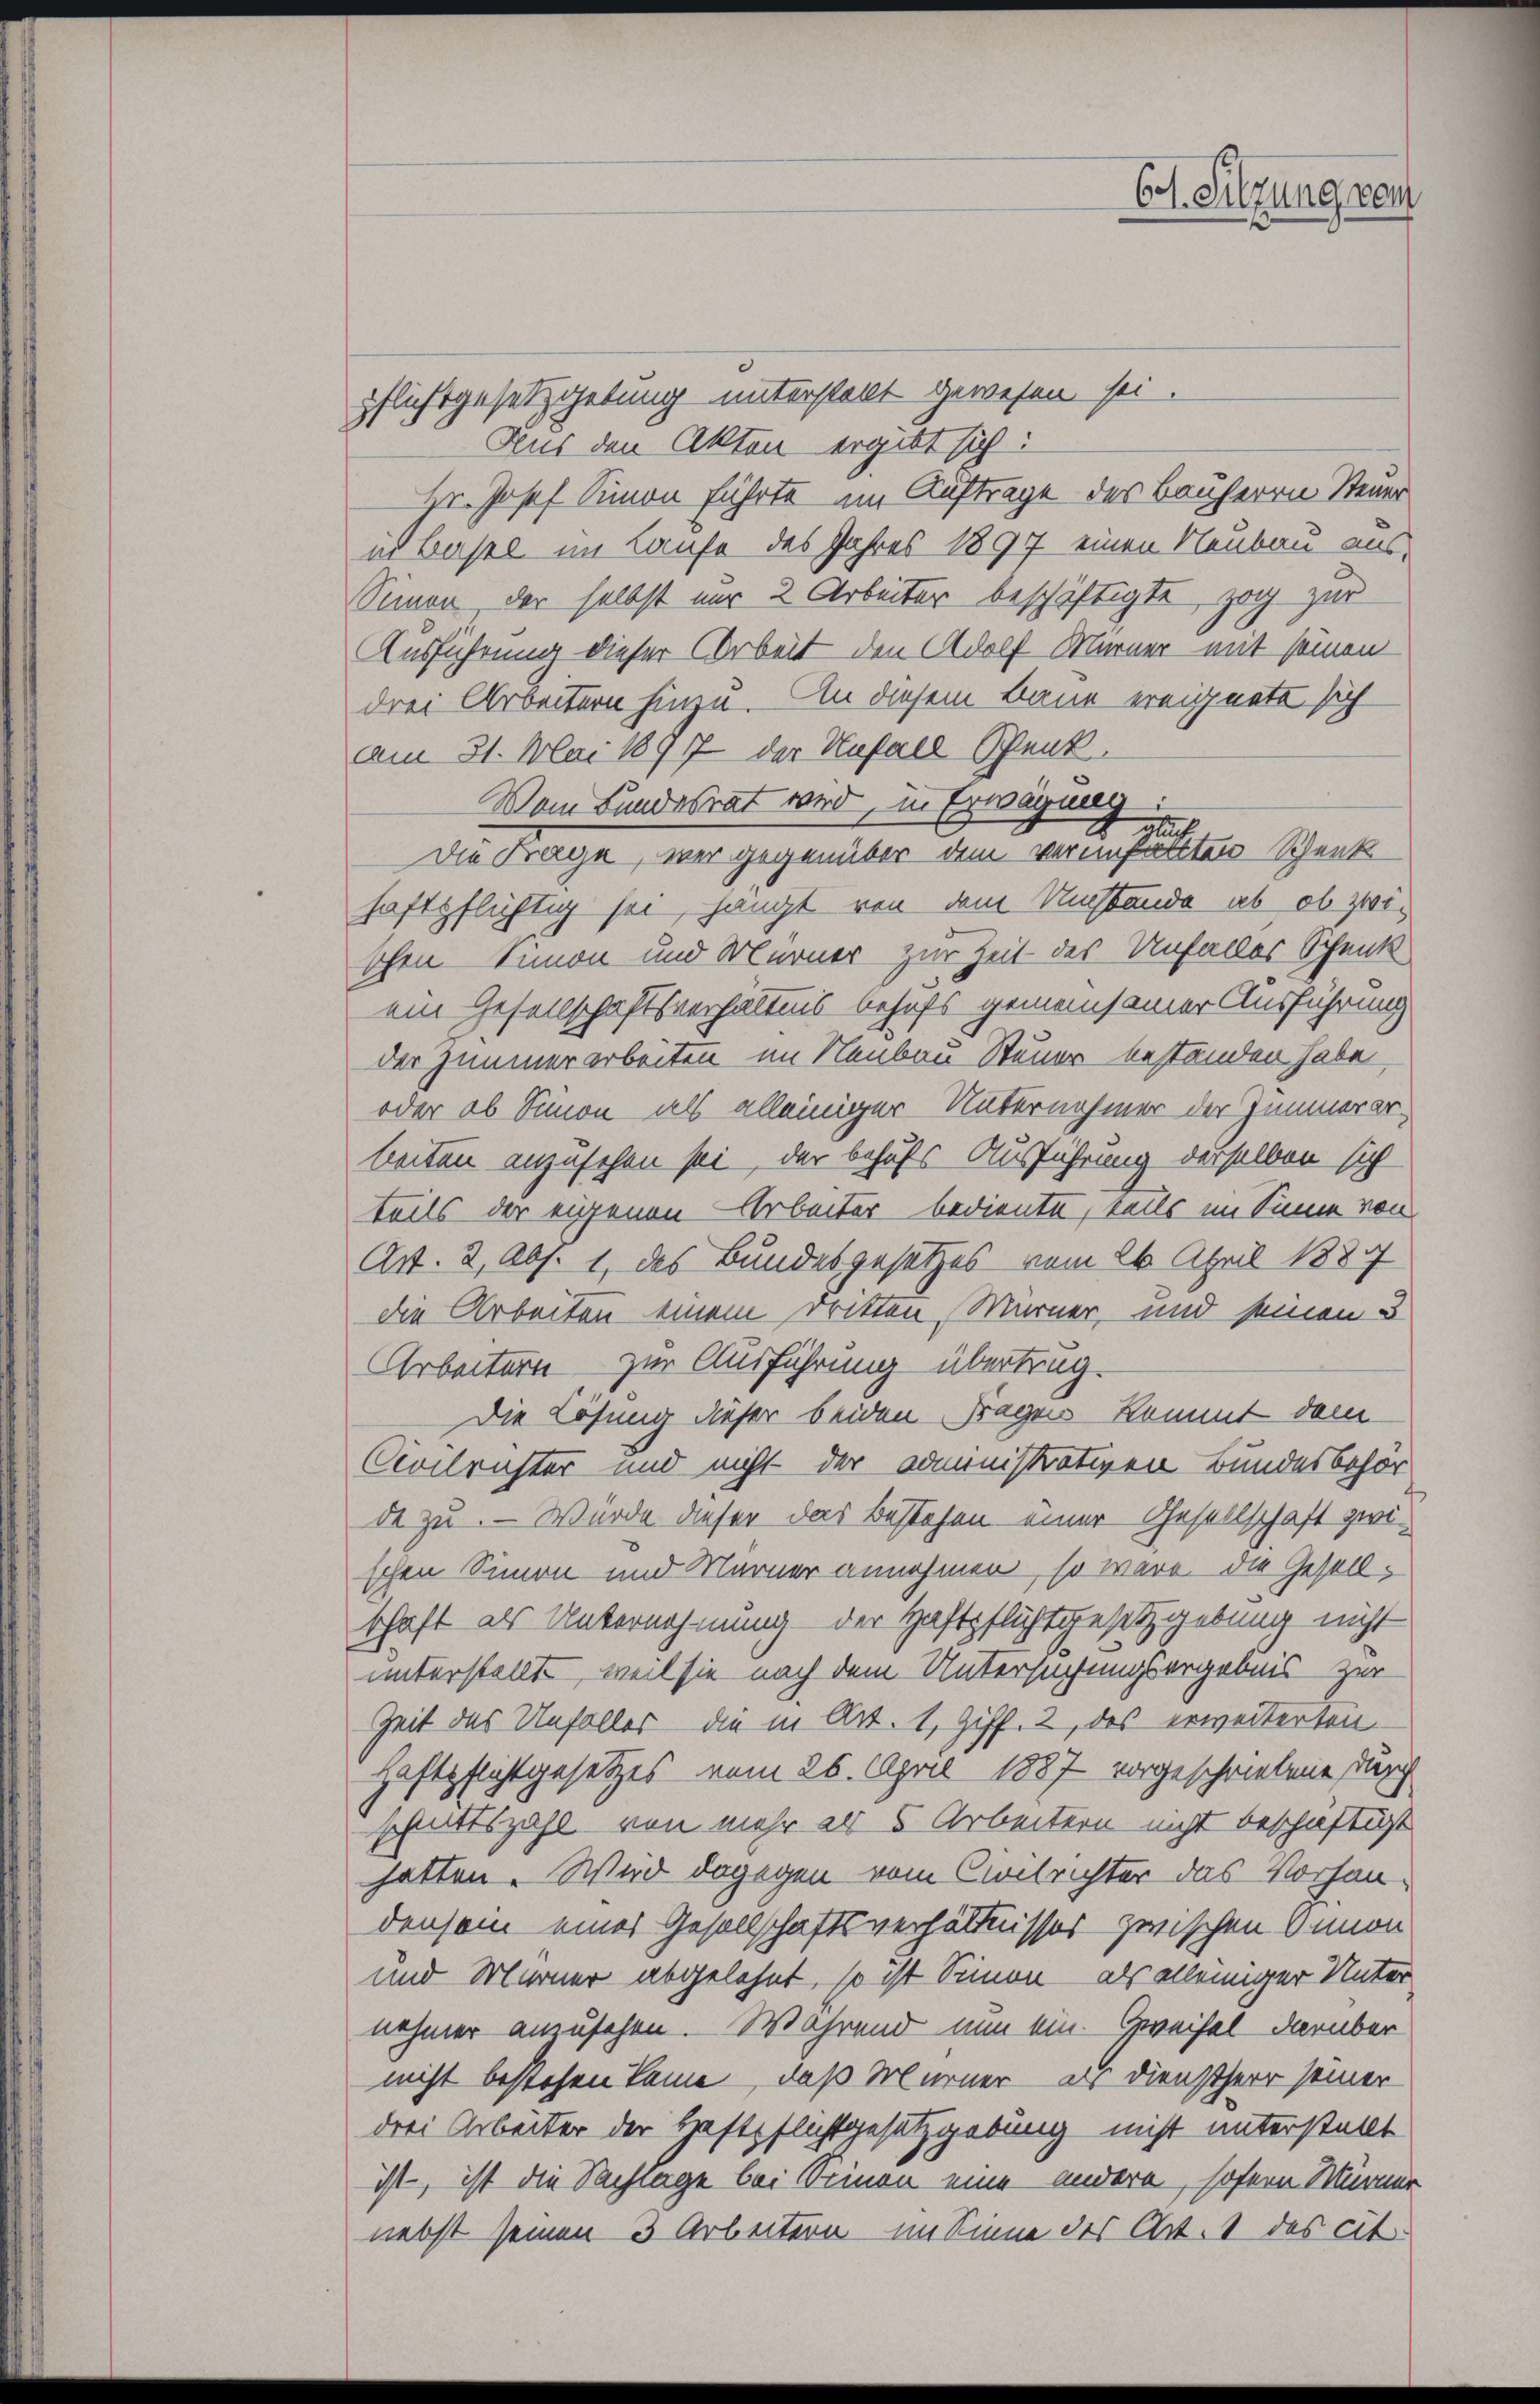
Pflichtgesetzgebung unterstellt gewesen sei.
Aus den Akten ergibt sich:
Hr. Josef Simon führte im Auftrage des Bauherrn Steuer
in Basel im Laufe des Jahres 1897 einen Neubau aus-
Simon, der selbst nur 2 Arbeiter beschäftigte, zog zur
Ausführung dieser Arbeit den Adolf Marner mit seinen
drei Arbeitern hinzu. An diesem Bann ereignete sich
am 31. Mai 1877 der Unfall Penk.
Vom Bundesrat wird, in Erwägung:
d
Die Frage, wer gegenüber dem vereinfartten Schenk
haftpflichtig sei, hängt von dem Umstände ab, ob zwischen Simon und Mürner zur Zeit des Unfalles Schenk
ein Gesellschaftsverhältnis behufs gemeinsamer Ausführung
der Zimmerarbeiten im Neubau Steuer bestanden habe,
oder ob Simon als alleiniger Unternehmer der Zimmerarbeiten anzusehen sei, der behufs Ausführung derselben sich
teils der eigenen Arbeiter bediente, teils im Sinne von
Art. 2, Abs. 1, des Bundesgesetzes vom 26. April 1889
die Arbeiten einem Dritten Murner, und seinen 3
Arbeitern zur Ausführung überträg¬
Die Lösung dieser beiden Fragen kommt dem
Civilrichter und nicht der administrativen Bundesbehör
de zu. — Würde dieser das Bestehen einer Gesellschaft zwi-
schen Simon und Marner annehmen, so wäre, die Gesellschaft als Unternehmung der Haftpflichtgesetzgebung nicht
unterstellt, weil sie nach dem Untersuchungsergebnis zur
Zeit des Unfaller die in Art. 1, Ziff. 2, des erweiterten
Haftpflichtgesetzes vom 26. April 1887 vorgeschriebene durch
schittszahl von mehr als 5 Arbeitern nicht beschäftigt
hatten. Wird dagegen vom Civilrichter das Vorhan-
densein eines Gesellschaftsverhältnisses zwischen Annon
und Marner abgelehnt, so ist Simon als alleiniger Unter
nehmer anzuschen. Während nun ein Zweifel darüber
nicht bestehen kann, daß Murner als Dienstherr seiner
drei Arbeiter der Haftpflichtgesetzgebung nicht unterstellt
ist, ist die Sachlage bei Seinen eine andere, sofern Mürner
nebst seinen 3 Arbeitern im Sinne des Art. 1 des cit.

C. Sitzung gem